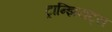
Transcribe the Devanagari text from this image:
ट्रान्झियंट्स